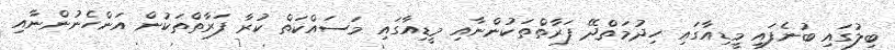
ބިލުގައި ބުނެފައި މީޑިއާގައި ހިދުމަތްދޭ ފަރާތްތަކުންނާއި މީޑިއާގައި މަސައްކަތް ކުރާ ފަރާތްތަކުން އަންހެނުންނާއި